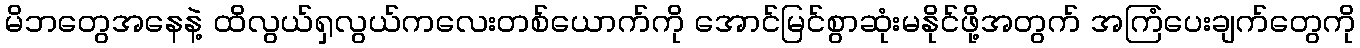
မိဘတွေအနေနဲ့ ထိလွယ်ရှလွယ်ကလေးတစ်ယောက်ကို အောင်မြင်စွာဆုံးမနိုင်ဖို့အတွက် အကြံပေးချက်တွေကို